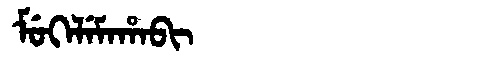
Manchu: ᠮᡠᡴᡝᠯᡝᠮᠠᡥᠠᠪᡳ
Romanization: MUKELEMAHABI